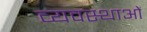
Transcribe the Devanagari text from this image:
व्यवस्थाआें